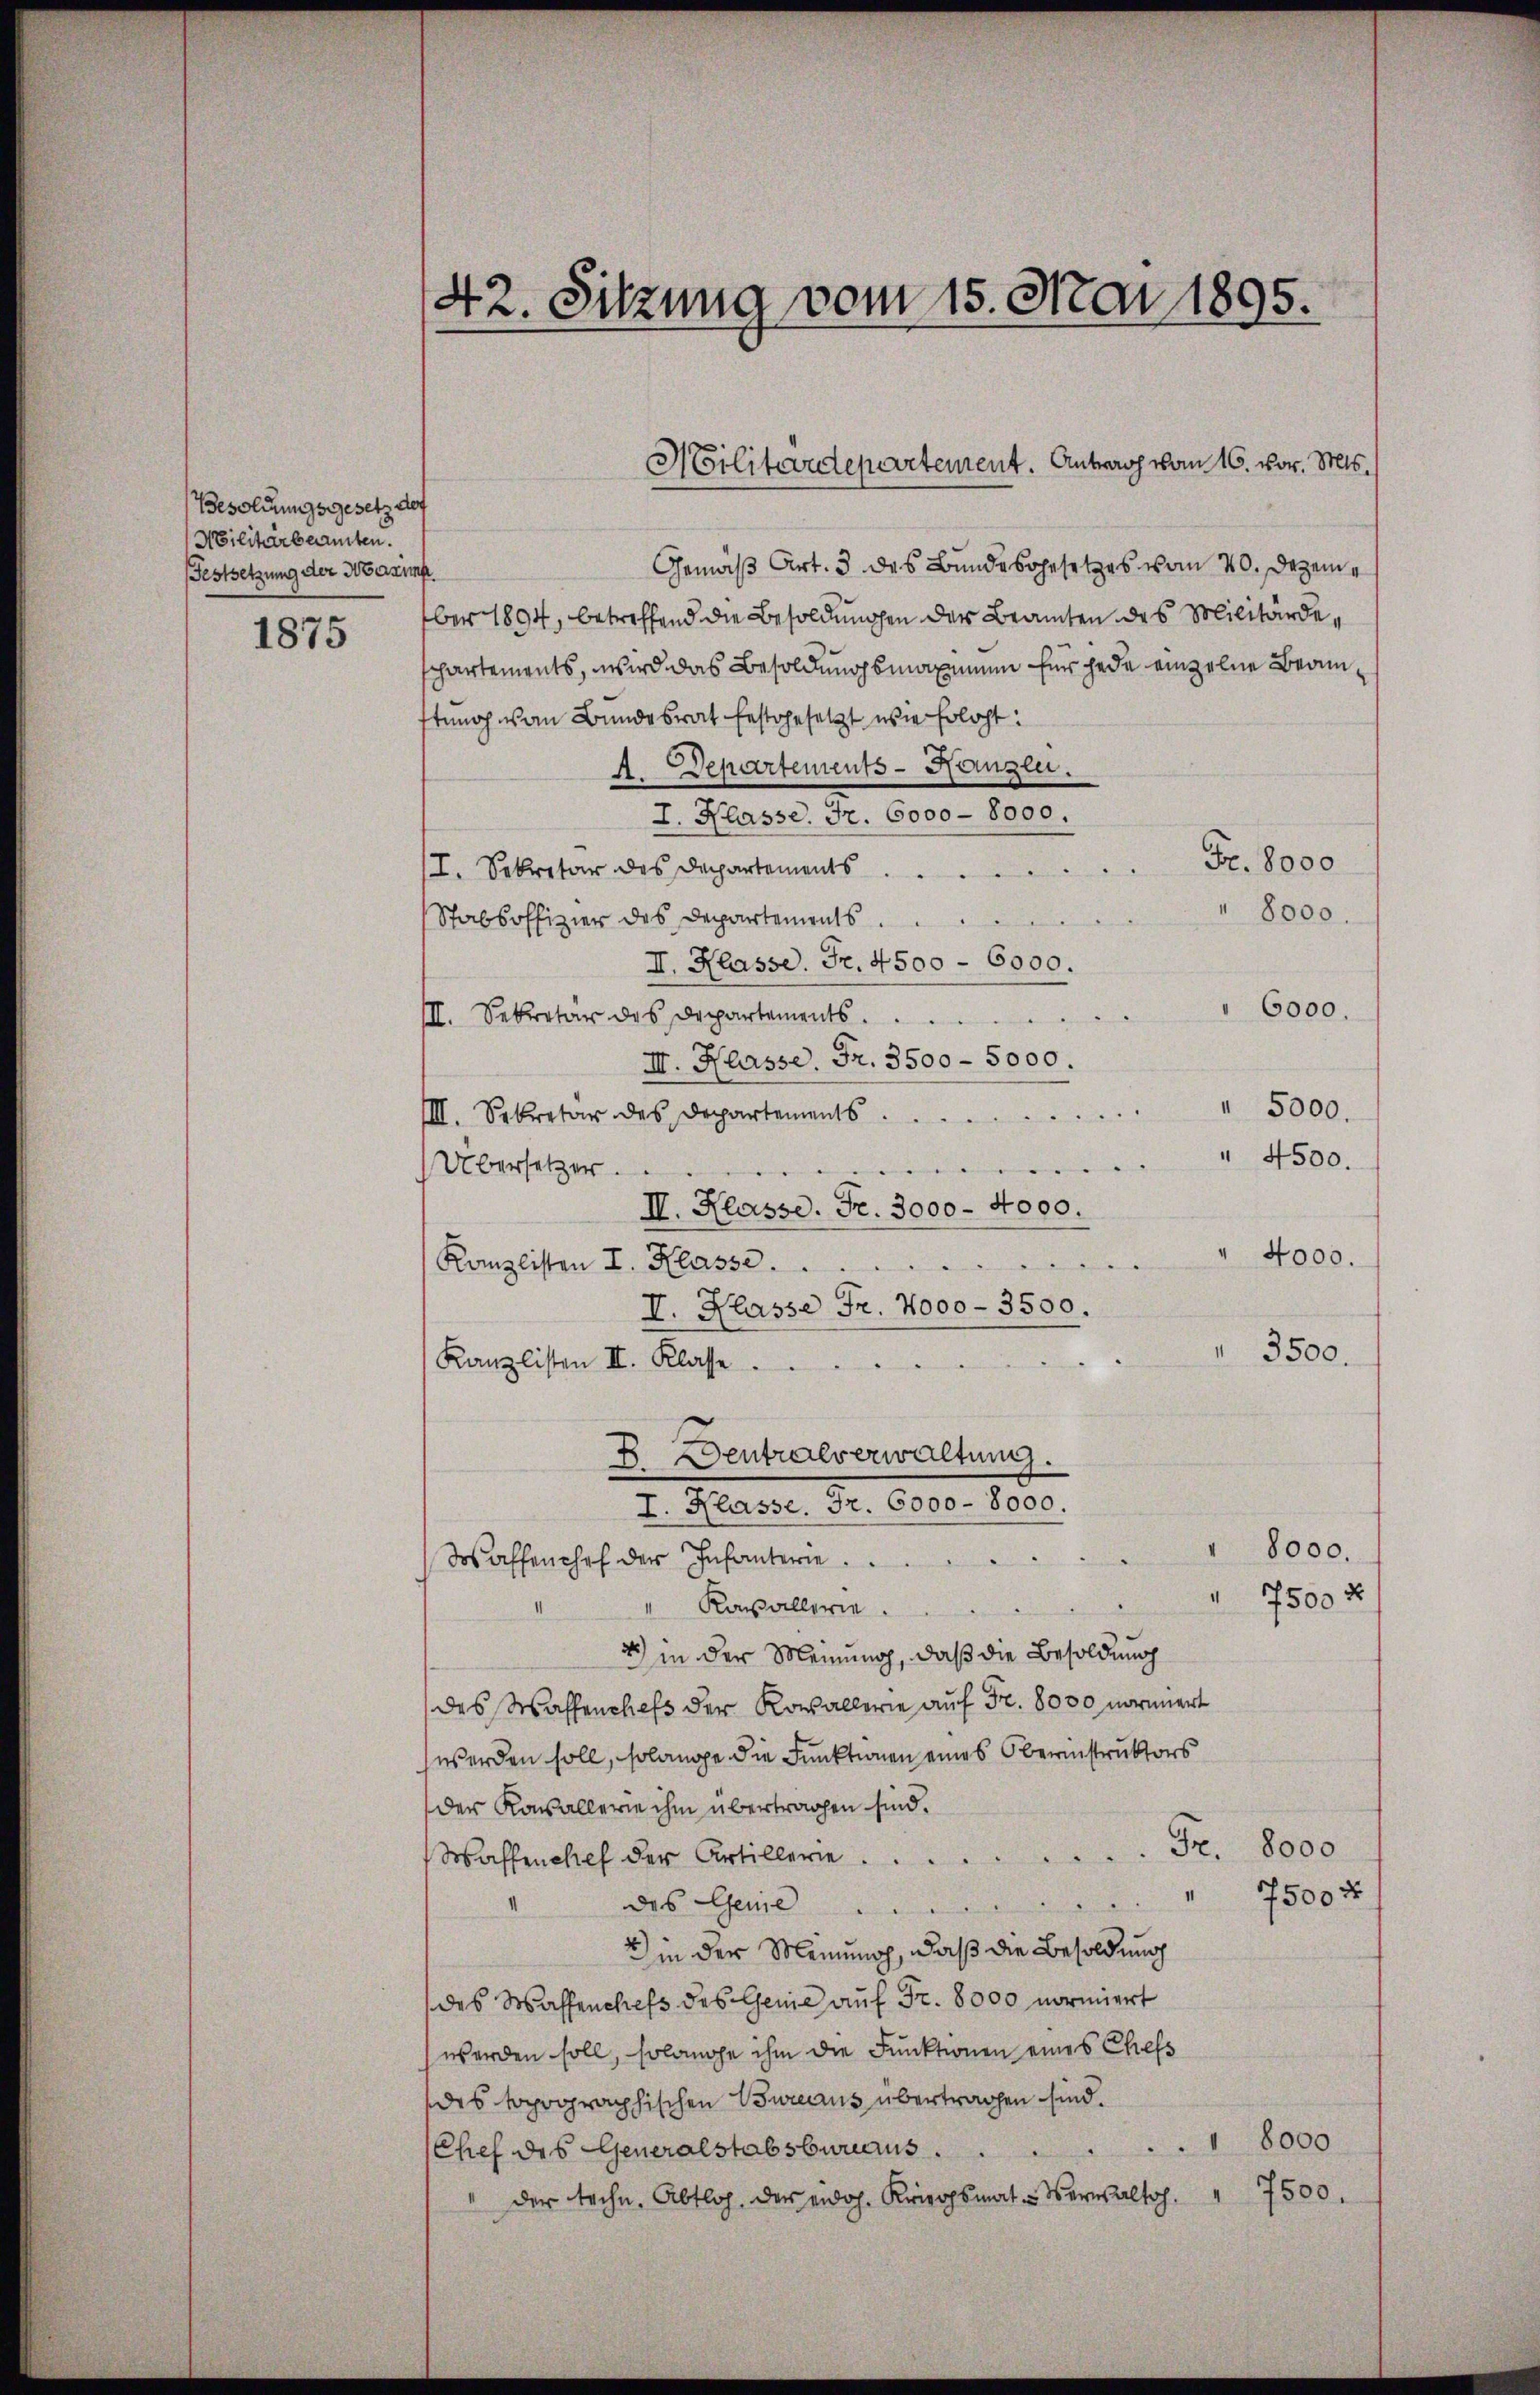
Besoldungsgesetz der
Militärbeamten.
Festsetzung der Marie

1875

Gemäß Art. 3 des Bundesgesetzes vom 20. Dezember 1894, betreffend die Besoldungen der Beamten des Militärdechartements, wird das Besoldungsmaximum für jede einzelne Branstung an Bundesrat festgesetzt wie Erlöst:
A. Departements-Kanzlei.
I. Klasse. Fr. 6000 - 8000.
Fr. 8000
I. Sekretär des Departements
8000.
Stabsoffizier des Departements
II. Klasse. Fr. 4500 - 6000.
" 6000.
III. Sekretär des Departements
III. Klasse, Fr. 3500 - 5000.
" 5000.
IIII. Sekretär des Departements
" 4500.

Übersetzer.
II. Klasse. Fr. 3000 - 4000.
Kanzlisten I. Klasse 4000.
I. Klasse Fr. 2000 - 3500.
" 3500.

Kanzlisten II. Klasse.
2 Deutralverwaltung.
I. Klasse, Fr. 6000 - 8000.
" 8000.
Waffenchef der Infanterie
7500 x
" Kavallerie.
4) in der Meinung, daß die Besoldung
des Wassenchefs der Rosallerie auf Fr. 8000 normiert
werden soll, solange die Funktionen eines Obernistruktors
der Kavallerie ihm übertragen sind.
Waffenchef der Artillerie Fr. 8000
7500 x
des Leine ..
2) in der Meinung, daß die Besoldung
des Waffenchefs des Genie auf Fr. 8000 normiert
werden soll, solange ihm die Funktionen eines Chefs
des topographischen Bureaus übertragen sind.
1 8000
Chef des Generalstabsbureaus
7500.
der techn. Abtlos der erdoh. Kriegsmat. Verwalth.

42. Sitzung vom 15. Mai 1895.

Militärdepartement. Antrag vom 16. vor. Mts.